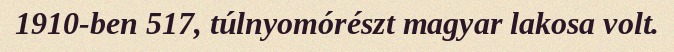
1910-ben 517, túlnyomórészt magyar lakosa volt.